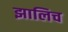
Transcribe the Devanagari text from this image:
झालिच